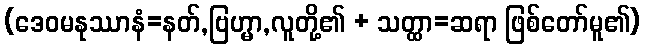
(ဒေဝမနုဿာနံ=နတ်,ဗြဟ္မာ,လူတို့၏ + သတ္ထာ=ဆရာ ဖြစ်တော်မူ၏)